Indian journal of veterinary science and animal husbandry - Volume 11,
Year: 1941
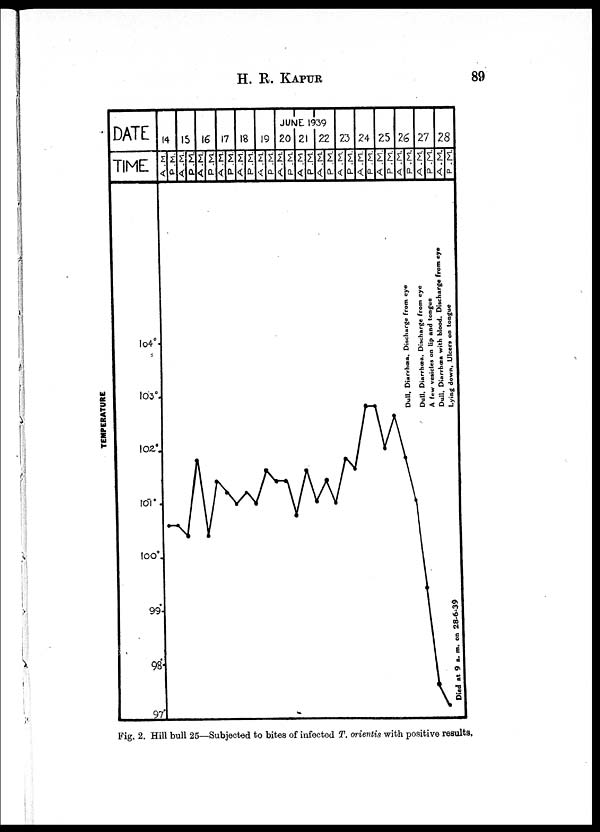
H. R.
KAPUR
89
Fig. 2. Hill bull 25—Subjected to bites of infected T. orientis with positive results.